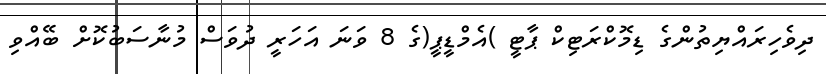
ދިވެހިރައްޔިތުންގެ ޑިމޮކްރަޓިކް ޕާޓީ )އެމްޑީޕީ(ގެ 8 ވަނަ އަހަރީ ދުވަސް މުނާސަބުކޮށް ބޭއްވި